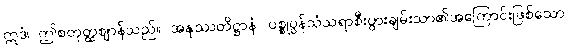
ဣဒံ၊ ဤစတုတ္ထဈာန်သည်။ အနုဿတိဋ္ဌာနံ၊ ပစ္စုပ္ပန်သံသရာစီးပွားချမ်းသာ၏အကြောင်းဖြစ်သော